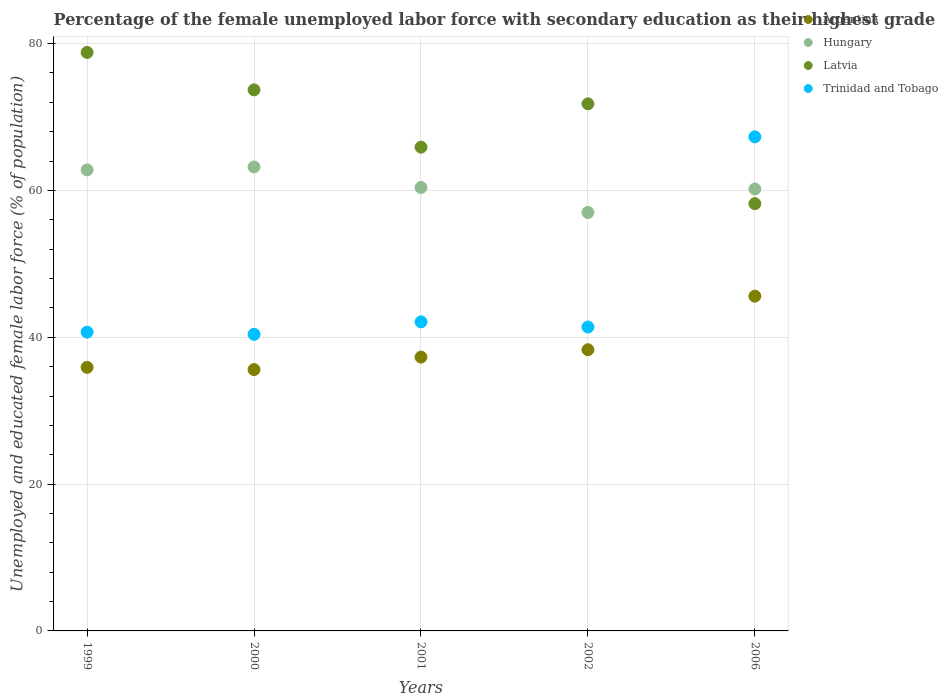
| Years | Argentina | Hungary | Latvia | Trinidad and Tobago |
 | --- | --- | --- | --- | --- |
 | 1999 | 35.9 | 62.8 | 78.8 | 40.7 |
 | 2000 | 35.6 | 63.2 | 73.7 | 40.4 |
 | 2001 | 37.3 | 60.4 | 65.9 | 42.1 |
 | 2002 | 38.3 | 57 | 71.8 | 41.4 |
 | 2006 | 45.6 | 60.2 | 58.2 | 67.3 |